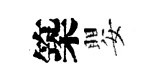
築嬰